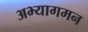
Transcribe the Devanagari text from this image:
अभ्यागमन